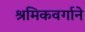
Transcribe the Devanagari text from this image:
श्रमिकवर्गाने